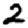
Digit: 2